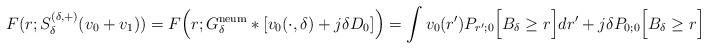
LaTeX: \begin{align*}F(r; S^{(\delta,+)}_\delta(v_0+v_1))=F\Big(r;G^{\rm neum}_{\delta} *[v_0(\cdot,\delta)+j\delta D_0]\Big) =\int v_0(r')P_{r';0}\Big[B_\delta \ge r\Big] dr' +j\delta P_{0;0}\Big[B_\delta \ge r\Big]\end{align*}